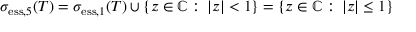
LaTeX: \sigma _ { \mathrm { e s s } , 5 } ( T ) = \sigma _ { \mathrm { e s s } , 1 } ( T ) \cup \{ z \in \mathbb { C } : \, | z | < 1 \} = \{ z \in \mathbb { C } : \, | z | \leq 1 \}